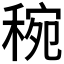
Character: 𥟶